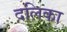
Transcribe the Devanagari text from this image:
दलिका